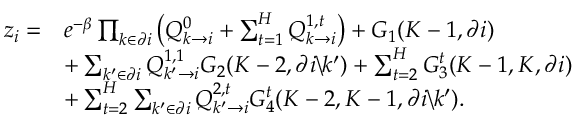
\begin{array} { r l } { z _ { i } = } & { e ^ { - \beta } \prod _ { k \in \partial i } \left( Q _ { k \rightarrow i } ^ { 0 } + \sum _ { t = 1 } ^ { H } Q _ { k \rightarrow i } ^ { 1 , t } \right) + G _ { 1 } ( K - 1 , \partial i ) } \\ & { + \sum _ { k ^ { \prime } \in \partial i } Q _ { k ^ { \prime } \rightarrow i } ^ { 1 , 1 } G _ { 2 } ( K - 2 , \partial i \backslash k ^ { \prime } ) + \sum _ { t = 2 } ^ { H } G _ { 3 } ^ { t } ( K - 1 , K , \partial i ) } \\ & { + \sum _ { t = 2 } ^ { H } \sum _ { k ^ { \prime } \in \partial i } Q _ { k ^ { \prime } \rightarrow i } ^ { 2 , t } G _ { 4 } ^ { t } ( K - 2 , K - 1 , \partial i \backslash k ^ { \prime } ) . } \end{array}